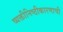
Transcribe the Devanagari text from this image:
व्यक्तीनिष्ठीकारणाची